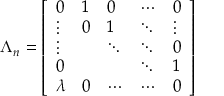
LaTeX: \Lambda _ { n } = \left[ \begin{array} { l l l l l } { { 0 } } & { { 1 } } & { { 0 } } & { { \cdots } } & { { 0 } } \\ { { \vdots } } & { { 0 } } & { { 1 } } & { { \ddots } } & { { \vdots } } \\ { { \vdots } } & { { { } } } & { { \ddots } } & { { \ddots } } & { { 0 } } \\ { { 0 } } & { { { } } } & { { { } } } & { { \ddots } } & { { 1 } } \\ { { \lambda } } & { { 0 } } & { { \cdots } } & { { \cdots } } & { { 0 } } \end{array} \right]